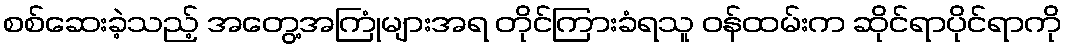
စစ်ဆေးခဲ့သည့် အတွေ့အကြုံများအရ တိုင်ကြားခံရသူ ဝန်ထမ်းက ဆိုင်ရာပိုင်ရာကို